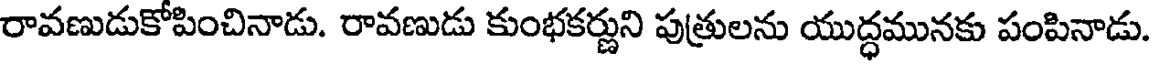
రావణుడుకోపించినాడు. రావణుడు కుంభకర్ణుని పుత్రులను యుద్ధమునకు పంపినాడు.